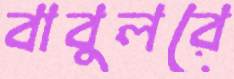
বাবুলরে